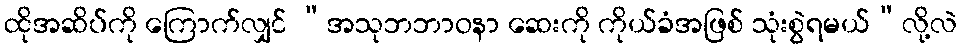
ထိုအဆိပ်ကို ကြောက်လျှင် “အသုဘဘာဝနာ ဆေးကို ကိုယ်ခံအဖြစ် သုံးစွဲရမယ်”လို့လဲ